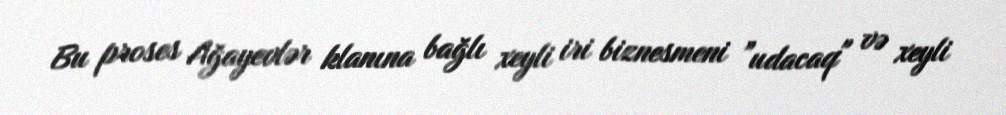
Bu proses Ağayevlər klanına bağlı xeyli iri biznesmeni ”udacaq" və xeyli